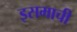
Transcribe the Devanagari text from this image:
इसमाची